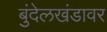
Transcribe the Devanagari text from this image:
बुंदेलखंडावर